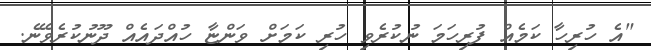
"އެ ހުރިހާ ކަމެއް ފުރިހަމަ ނުކުރެވި ހުރި ކަމަށް ވަންޏާ ހުއްދައެއް ދޫނުކުރެވޭނެ.